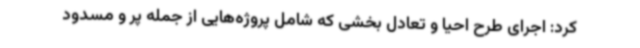
کرد: اجرای طرح احیا و تعادل بخشی که شامل پروژه‌هایی از جمله پر و مسدود